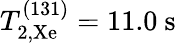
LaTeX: T_{2,\mathrm{Xe}}^{(131)}=11.0~\mathrm{s}